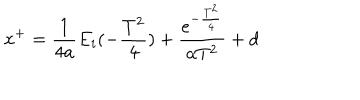
x ^ { + } = \frac { 1 } { 4 a } E _ { i } ( - \frac { T ^ { 2 } } { 4 } ) + \frac { e ^ { - \frac { T ^ { 2 } } { 4 } } } { a T ^ { 2 } } + d